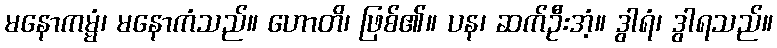
မနောကမ္မံ၊ မနောကံသည်။ ဟောတိ၊ ဖြစ်၏။ ပန၊ ဆက်ဦးအံ့။ ဒွါရံ၊ ဒွါရသည်။